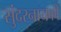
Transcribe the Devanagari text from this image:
सुंदरनायकी